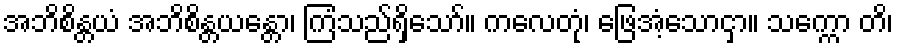
အဘိစိန္တယံ အဘိစိန္တယန္တော၊ ကြံသည်ရှိသော်။ ကလေတုံ၊ ဖြေအံ့သောငှာ။ သက္ကော တိ၊